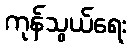
ကုန်သွယ်ရေး